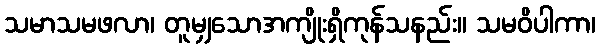
သမာသမဖလာ၊ တူမျှသောအကျိုးရှိကုန်သနည်း။ သမဝိပါကာ၊